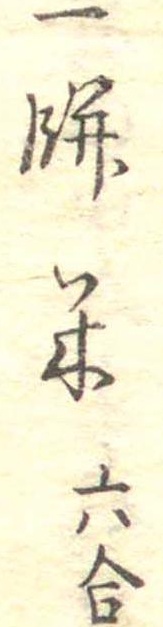
一餅米六合